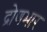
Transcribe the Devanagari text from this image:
द्रोणभार